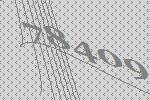
78409